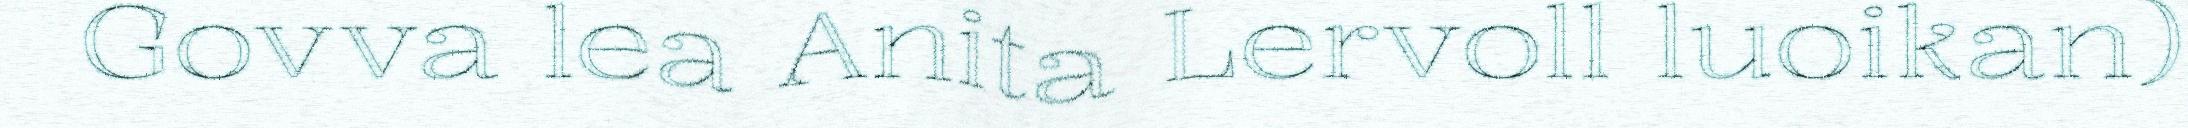
Govva lea Anita Lervoll luoikan)